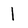
Character: 1